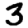
Digit: 3